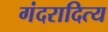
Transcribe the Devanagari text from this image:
गंदरादित्य